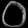
Digit: ၀